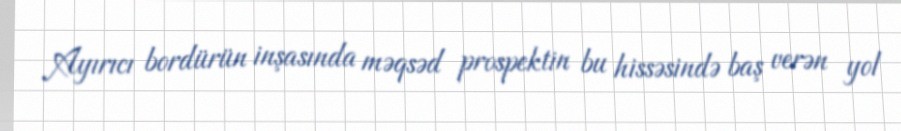
Ayırıcı bordürün inşasında məqsəd prospektin bu hissəsində baş verən yol